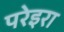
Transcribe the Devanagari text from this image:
परेइरा